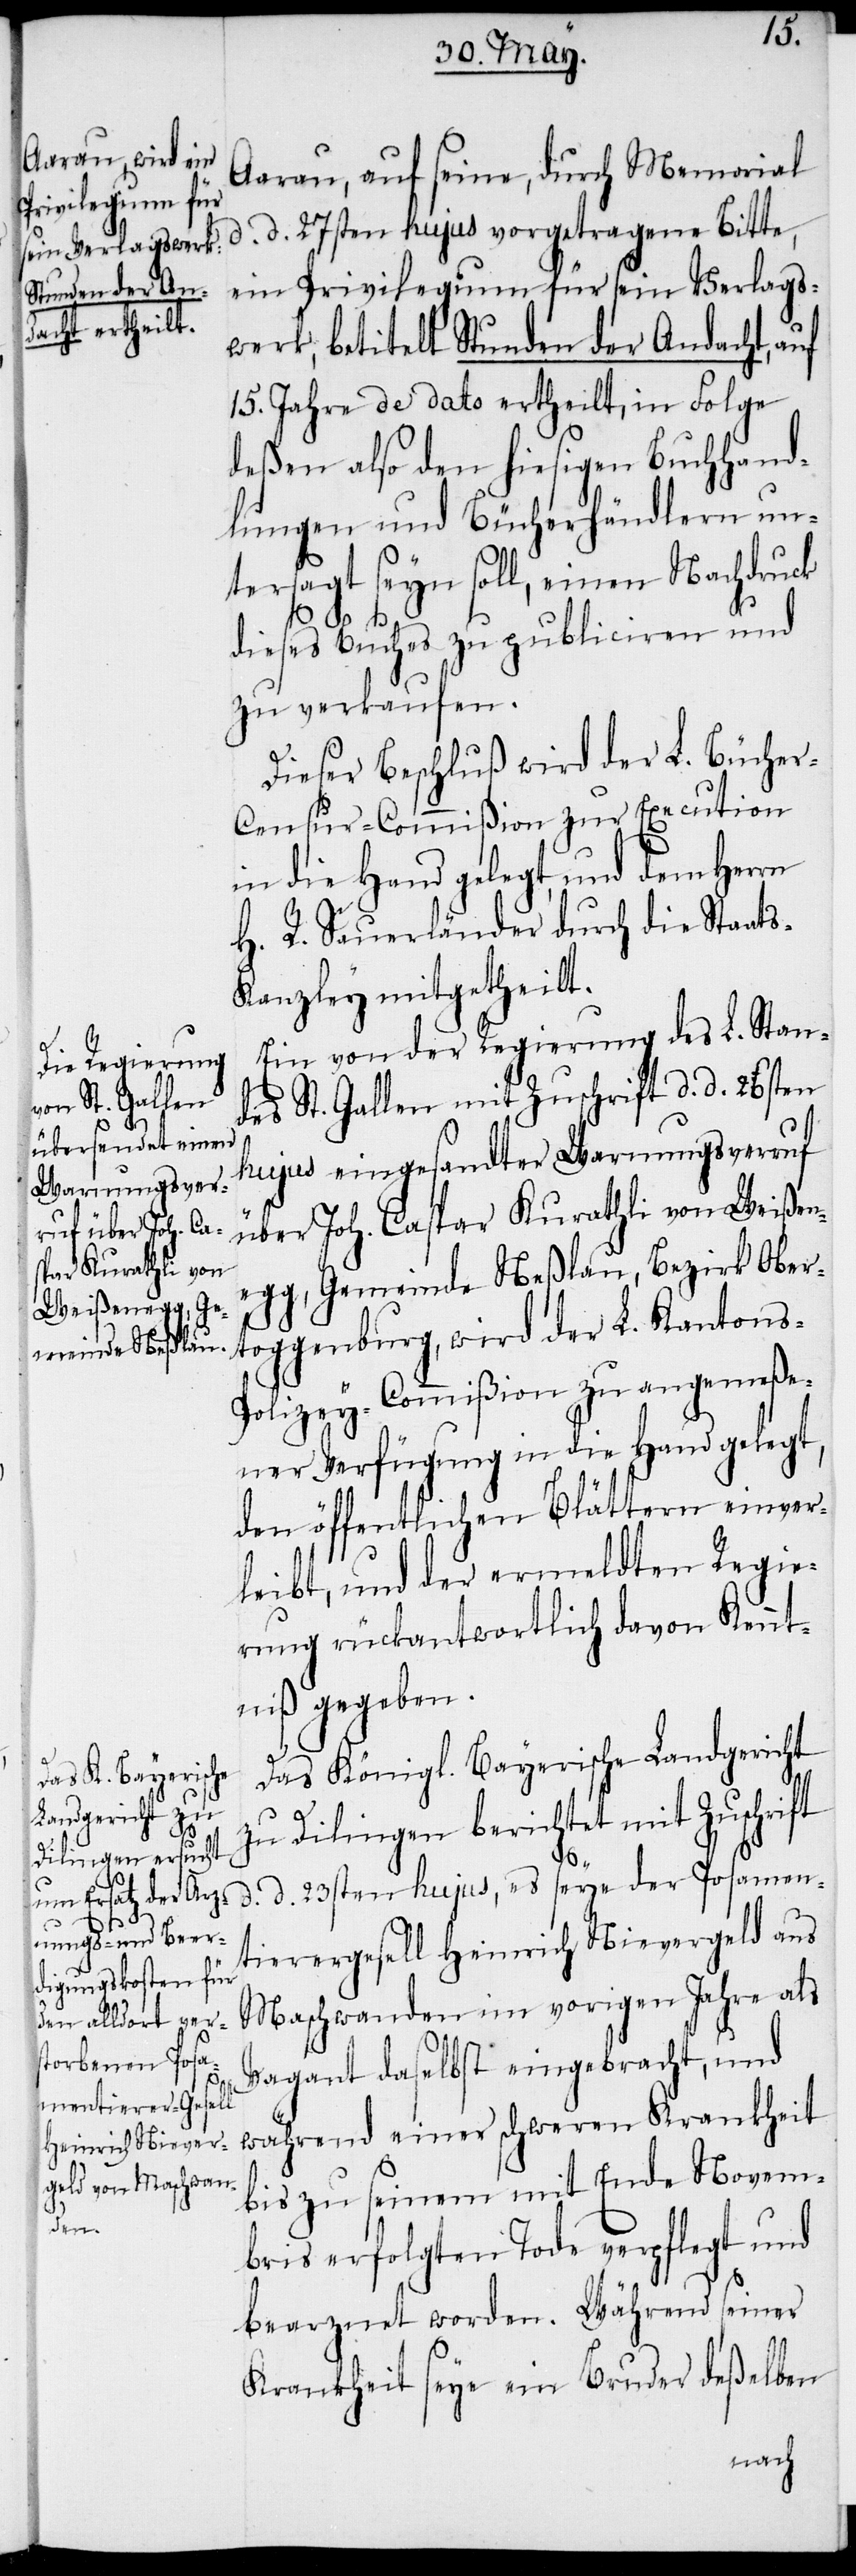
Aarau, auf seine, durch Memorial
d. d. 27sten hujus vorgetragene Bitte,
ein Privilegium für sein Verlags¬
werk, betitelt Stunden der Andacht, auf
15. Jahre de dato ertheilt, in Folge
deßen also den hiesigen Buchhand¬
lungen und Bücherhändlern un¬
tersagt seyn soll, einen Nachdruck
dieses Buches zu publiciren und
zu verkaufen.
Dieser Beschluß wird der L. Büche¬
r-Censur-Commißion zur Execution
in die Hand gelegt, und dem Herrn
H. R. Sauerländer durch die Staat¬
s-Kanzley mitgetheilt.
Ein von der Regierung des L. Stan¬
des St. Gallen mit Zuschrift d. d. 26sten
hujus eingesandter Warnungsverruf
über Joh. Caspar Kurathli von Weißen¬
egg, Gemeinde Neßlau, Bezirk Ober¬
toggenburg, wird der L. Kantons-P¬
olizey-Commißion zu angemeße¬
ner Verfügung in die Hand gelegt,
den öffentlichen Blättern einver¬
leibt, und der ermeldten Regie¬
rung rückantwortlich davon Kennt¬
niß gegeben.
Das Königl. Bayerische Landgericht
zu Dilingen berichtet mit Zuschrift
d. d. 23sten hujus, es seye der Posamen¬
tierergesell Heinrich Nievergeld aus
Maschwanden im vorigen Jahre als
Vagant daselbst eingebracht, und
während einer schweren Krankheit
bis zu seinem mit Ende Novem¬
bris erfolgten Tode verpflegt und
bearznet worden. Während seiner
Krankheit seye ein Bruder deßelben